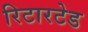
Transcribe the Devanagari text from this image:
रिटारटेड